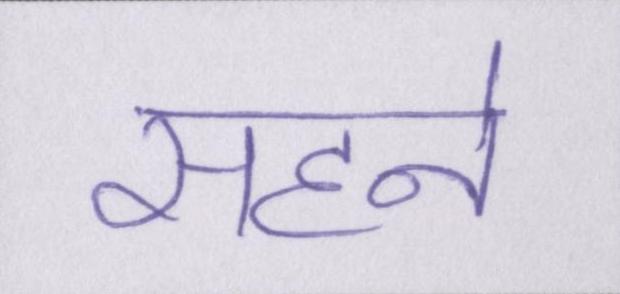
सहने